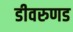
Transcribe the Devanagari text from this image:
डीवरुणड